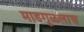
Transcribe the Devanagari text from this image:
माडगूळलाच